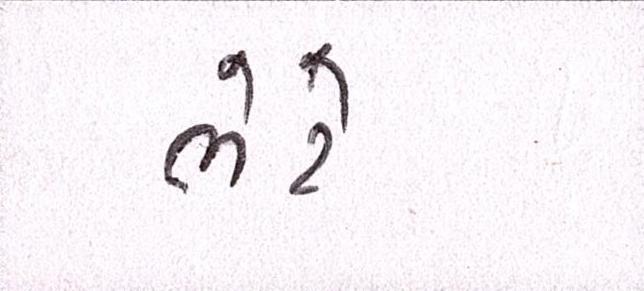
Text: ભેટે